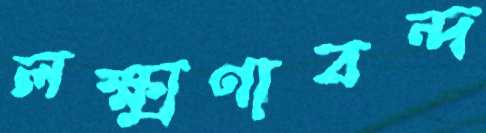
লক্ষ্মণাবন্দ